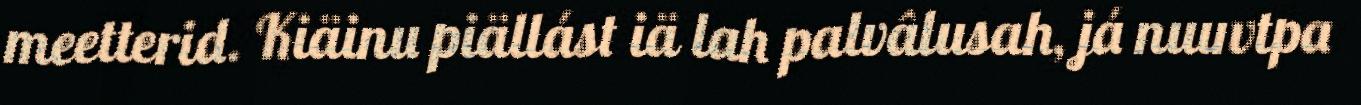
meetterid. Kiäinu piällást iä lah palvâlusah, já nuuvtpa